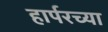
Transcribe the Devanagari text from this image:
हार्परच्या